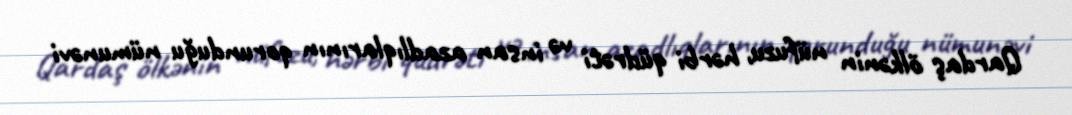
Qardaş ölkənin nüfuzu, hərbi qüdrəti və insan azadlıqlarının qorunduğu nümunəvi